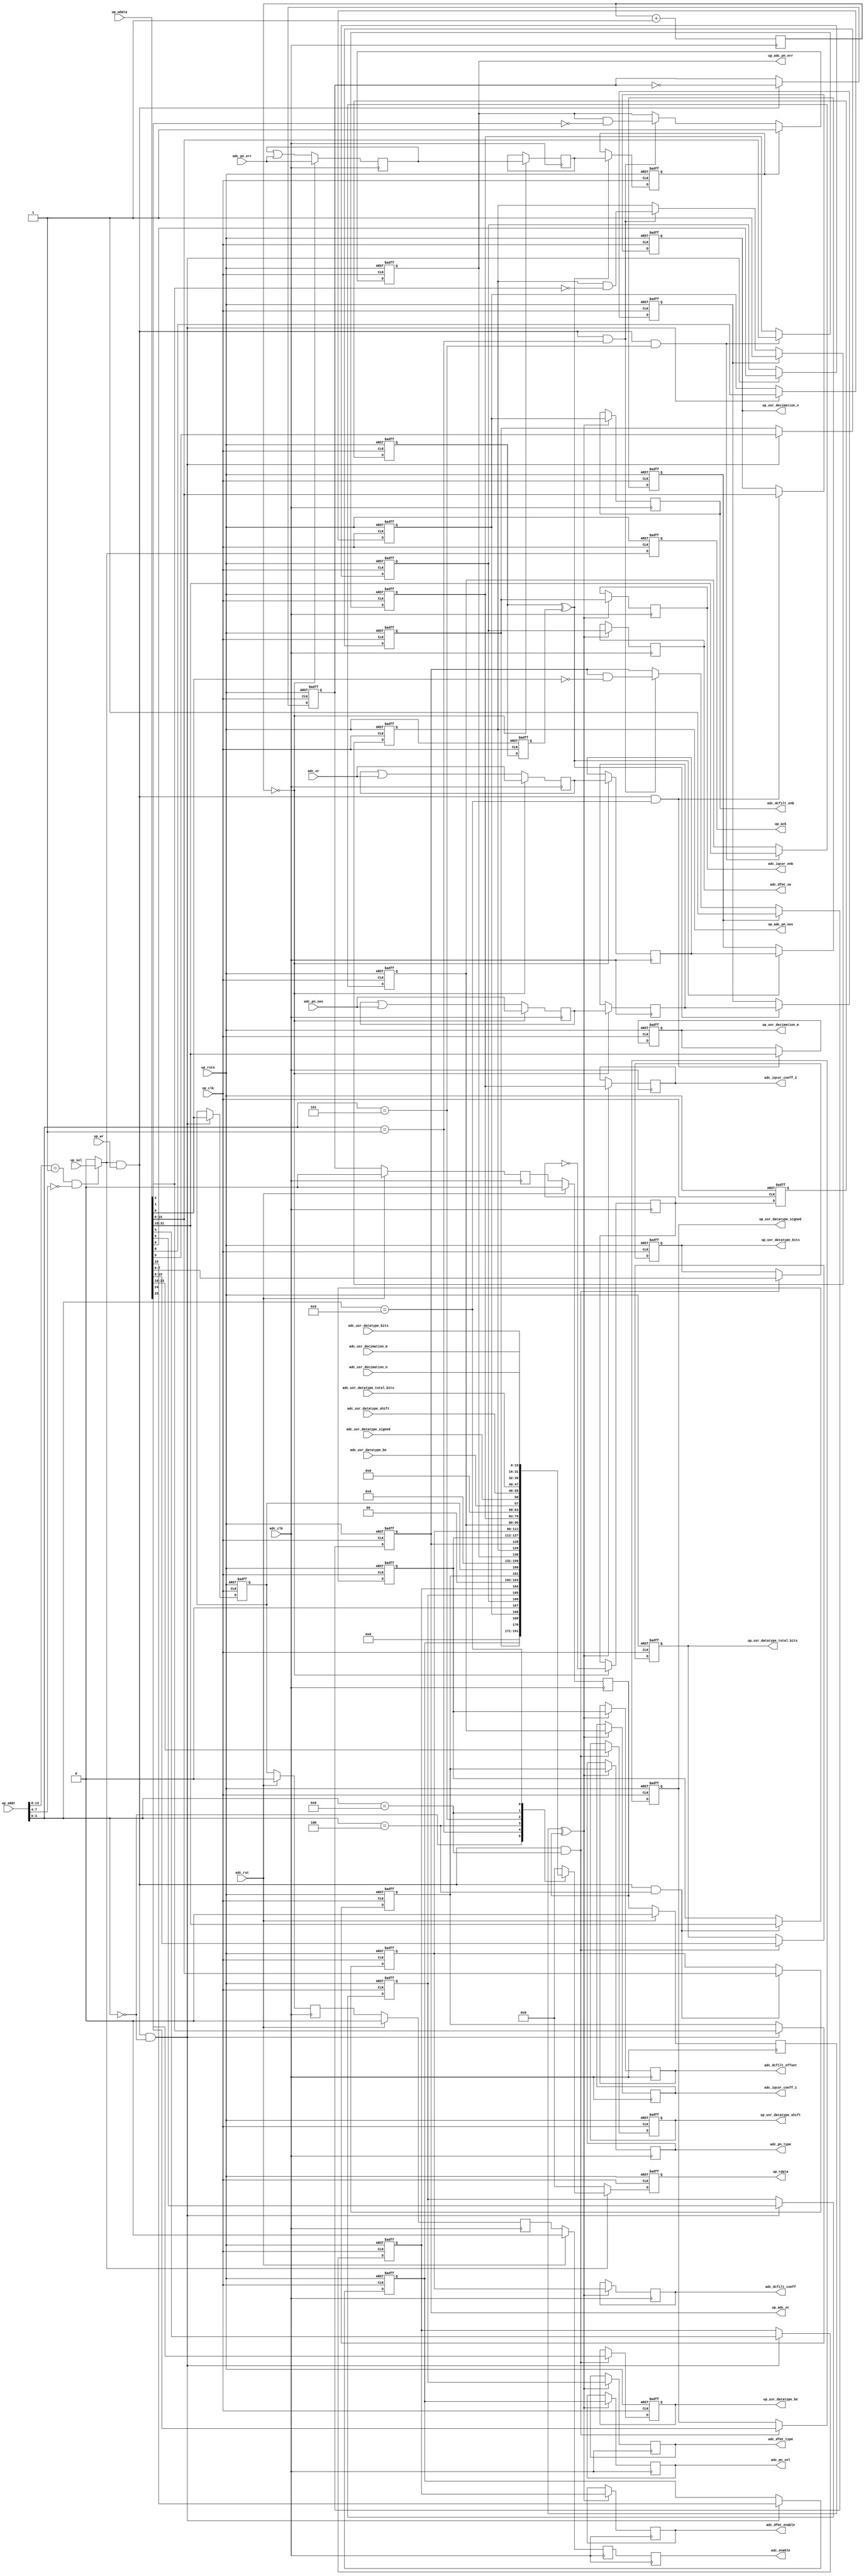
// ***************************************************************************
// ***************************************************************************
// Copyright 2011(c) Analog Devices, Inc.
// 
// All rights reserved.
// 
// Redistribution and use in source and binary forms, with or without modification,
// are permitted provided that the following conditions are met:
//     - Redistributions of source code must retain the above copyright
//       notice, this list of conditions and the following disclaimer.
//     - Redistributions in binary form must reproduce the above copyright
//       notice, this list of conditions and the following disclaimer in
//       the documentation and/or other materials provided with the
//       distribution.
//     - Neither the name of Analog Devices, Inc. nor the names of its
//       contributors may be used to endorse or promote products derived
//       from this software without specific prior written permission.
//     - The use of this software may or may not infringe the patent rights
//       of one or more patent holders.  This license does not release you
//       from the requirement that you obtain separate licenses from these
//       patent holders to use this software.
//     - Use of the software either in source or binary form, must be run
//       on or directly connected to an Analog Devices Inc. component.
//    
// THIS SOFTWARE IS PROVIDED BY ANALOG DEVICES "AS IS" AND ANY EXPRESS OR IMPLIED WARRANTIES,
// INCLUDING, BUT NOT LIMITED TO, NON-INFRINGEMENT, MERCHANTABILITY AND FITNESS FOR A
// PARTICULAR PURPOSE ARE DISCLAIMED.
//
// IN NO EVENT SHALL ANALOG DEVICES BE LIABLE FOR ANY DIRECT, INDIRECT, INCIDENTAL, SPECIAL,
// EXEMPLARY, OR CONSEQUENTIAL DAMAGES (INCLUDING, BUT NOT LIMITED TO, INTELLECTUAL PROPERTY
// RIGHTS, PROCUREMENT OF SUBSTITUTE GOODS OR SERVICES; LOSS OF USE, DATA, OR PROFITS; OR 
// BUSINESS INTERRUPTION) HOWEVER CAUSED AND ON ANY THEORY OF LIABILITY, WHETHER IN CONTRACT,
// STRICT LIABILITY, OR TORT (INCLUDING NEGLIGENCE OR OTHERWISE) ARISING IN ANY WAY OUT OF 
// THE USE OF THIS SOFTWARE, EVEN IF ADVISED OF THE POSSIBILITY OF SUCH DAMAGE.
// ***************************************************************************
// ***************************************************************************
// ***************************************************************************
// ***************************************************************************

`timescale 1ns/100ps

module up_adc_channel (

  // adc interface

  adc_clk,
  adc_rst,
  adc_enable,
  adc_pn_sel,
  adc_iqcor_enb,
  adc_dcfilt_enb,
  adc_dfmt_se,
  adc_dfmt_type,
  adc_dfmt_enable,
  adc_pn_type,
  adc_dcfilt_offset,
  adc_dcfilt_coeff,
  adc_iqcor_coeff_1,
  adc_iqcor_coeff_2,
  adc_pn_err,
  adc_pn_oos,
  adc_or,
  up_adc_pn_err,
  up_adc_pn_oos,
  up_adc_or,

  // user controls

  up_usr_datatype_be,
  up_usr_datatype_signed,
  up_usr_datatype_shift,
  up_usr_datatype_total_bits,
  up_usr_datatype_bits,
  up_usr_decimation_m,
  up_usr_decimation_n,
  adc_usr_datatype_be,
  adc_usr_datatype_signed,
  adc_usr_datatype_shift,
  adc_usr_datatype_total_bits,
  adc_usr_datatype_bits,
  adc_usr_decimation_m,
  adc_usr_decimation_n,

  // bus interface

  up_rstn,
  up_clk,
  up_sel,
  up_wr,
  up_addr,
  up_wdata,
  up_rdata,
  up_ack);

  // parameters

  parameter PCORE_ADC_CHID = 4'h0;

  // adc interface

  input           adc_clk;
  input           adc_rst;
  output          adc_enable;
  output          adc_pn_sel;
  output          adc_iqcor_enb;
  output          adc_dcfilt_enb;
  output          adc_dfmt_se;
  output          adc_dfmt_type;
  output          adc_dfmt_enable;
  output          adc_pn_type;
  output  [15:0]  adc_dcfilt_offset;
  output  [15:0]  adc_dcfilt_coeff;
  output  [15:0]  adc_iqcor_coeff_1;
  output  [15:0]  adc_iqcor_coeff_2;
  input           adc_pn_err;
  input           adc_pn_oos;
  input           adc_or;
  output          up_adc_pn_err;
  output          up_adc_pn_oos;
  output          up_adc_or;

  // user controls

  output          up_usr_datatype_be;
  output          up_usr_datatype_signed;
  output  [ 7:0]  up_usr_datatype_shift;
  output  [ 7:0]  up_usr_datatype_total_bits;
  output  [ 7:0]  up_usr_datatype_bits;
  output  [15:0]  up_usr_decimation_m;
  output  [15:0]  up_usr_decimation_n;
  input           adc_usr_datatype_be;
  input           adc_usr_datatype_signed;
  input   [ 7:0]  adc_usr_datatype_shift;
  input   [ 7:0]  adc_usr_datatype_total_bits;
  input   [ 7:0]  adc_usr_datatype_bits;
  input   [15:0]  adc_usr_decimation_m;
  input   [15:0]  adc_usr_decimation_n;

  // bus interface

  input           up_rstn;
  input           up_clk;
  input           up_sel;
  input           up_wr;
  input   [13:0]  up_addr;
  input   [31:0]  up_wdata;
  output  [31:0]  up_rdata;
  output          up_ack;

  // internal registers

  reg             up_adc_pn_sel = 'd0;
  reg             up_adc_iqcor_enb = 'd0;
  reg             up_adc_dcfilt_enb = 'd0;
  reg             up_adc_dfmt_se = 'd0;
  reg             up_adc_dfmt_type = 'd0;
  reg             up_adc_dfmt_enable = 'd0;
  reg             up_adc_pn_type = 'd0;
  reg             up_adc_enable = 'd0;
  reg     [15:0]  up_adc_dcfilt_offset = 'd0;
  reg     [15:0]  up_adc_dcfilt_coeff = 'd0;
  reg     [15:0]  up_adc_iqcor_coeff_1 = 'd0;
  reg     [15:0]  up_adc_iqcor_coeff_2 = 'd0;
  reg             up_usr_datatype_be = 'd0;
  reg             up_usr_datatype_signed = 'd0;
  reg     [ 7:0]  up_usr_datatype_shift = 'd0;
  reg     [ 7:0]  up_usr_datatype_total_bits = 'd0;
  reg     [ 7:0]  up_usr_datatype_bits = 'd0;
  reg     [15:0]  up_usr_decimation_m = 'd0;
  reg     [15:0]  up_usr_decimation_n = 'd0;
  reg             up_ack = 'd0;
  reg     [31:0]  up_rdata = 'd0;
  reg             up_xfer_toggle = 'd0;
  reg             adc_up_xfer_toggle_m1 = 'd0;
  reg             adc_up_xfer_toggle_m2 = 'd0;
  reg             adc_up_xfer_toggle_m3 = 'd0;
  reg             adc_enable_m1 = 'd0;
  reg             adc_enable_m2 = 'd0;
  reg             adc_enable_m3 = 'd0;
  reg             adc_enable = 'd0;
  reg             adc_pn_sel = 'd0;
  reg             adc_iqcor_enb = 'd0;
  reg             adc_dcfilt_enb = 'd0;
  reg             adc_dfmt_se = 'd0;
  reg             adc_dfmt_type = 'd0;
  reg             adc_dfmt_enable = 'd0;
  reg             adc_pn_type = 'd0;
  reg     [15:0]  adc_dcfilt_offset = 'd0;
  reg     [15:0]  adc_dcfilt_coeff = 'd0;
  reg     [15:0]  adc_iqcor_coeff_1 = 'd0;
  reg     [15:0]  adc_iqcor_coeff_2 = 'd0;
  reg     [ 5:0]  adc_xfer_cnt = 'd0;
  reg             adc_xfer_toggle = 'd0;
  reg             adc_xfer_pn_err = 'd0;
  reg             adc_xfer_pn_oos = 'd0;
  reg             adc_xfer_or = 'd0;
  reg             adc_acc_pn_err = 'd0;
  reg             adc_acc_pn_oos = 'd0;
  reg             adc_acc_or = 'd0;
  reg             up_adc_xfer_toggle_m1 = 'd0;
  reg             up_adc_xfer_toggle_m2 = 'd0;
  reg             up_adc_xfer_toggle_m3 = 'd0;
  reg             up_adc_xfer_pn_err = 'd0;
  reg             up_adc_xfer_pn_oos = 'd0;
  reg             up_adc_xfer_or = 'd0;
  reg             up_adc_pn_err = 'd0;
  reg             up_adc_pn_oos = 'd0;
  reg             up_adc_or = 'd0;

  // internal signals

  wire            up_sel_s;
  wire            up_wr_s;
  wire            adc_up_xfer_toggle_s;
  wire            up_adc_xfer_toggle_s;

  // decode block select

  assign up_sel_s = ((up_addr[13:8] == 6'h01) && (up_addr[7:4] == PCORE_ADC_CHID)) ? up_sel : 1'b0;
  assign up_wr_s = up_sel_s & up_wr;

  // processor write interface

  always @(negedge up_rstn or posedge up_clk) begin
    if (up_rstn == 0) begin
      up_adc_pn_sel <= 'd0;
      up_adc_iqcor_enb <= 'd0;
      up_adc_dcfilt_enb <= 'd0;
      up_adc_dfmt_se <= 'd0;
      up_adc_dfmt_type <= 'd0;
      up_adc_dfmt_enable <= 'd0;
      up_adc_pn_type <= 'd0;
      up_adc_enable <= 'd0;
      up_adc_dcfilt_offset <= 'd0;
      up_adc_dcfilt_coeff <= 'd0;
      up_adc_iqcor_coeff_1 <= 'd0;
      up_adc_iqcor_coeff_2 <= 'd0;
      up_usr_datatype_be <= 'd0;
      up_usr_datatype_signed <= 'd0;
      up_usr_datatype_shift <= 'd0;
      up_usr_datatype_total_bits <= 'd0;
      up_usr_datatype_bits <= 'd0;
      up_usr_decimation_m <= 'd0;
      up_usr_decimation_n <= 'd0;
    end else begin
      if ((up_wr_s == 1'b1) && (up_addr[3:0] == 4'h0)) begin
        up_adc_pn_sel <= up_wdata[10];
        up_adc_iqcor_enb <= up_wdata[9];
        up_adc_dcfilt_enb <= up_wdata[8];
        up_adc_dfmt_se <= up_wdata[6];
        up_adc_dfmt_type <= up_wdata[5];
        up_adc_dfmt_enable <= up_wdata[4];
        up_adc_pn_type <= up_wdata[1];
        up_adc_enable <= up_wdata[0];
      end
      if ((up_wr_s == 1'b1) && (up_addr[3:0] == 4'h4)) begin
        up_adc_dcfilt_offset <= up_wdata[31:16];
        up_adc_dcfilt_coeff <= up_wdata[15:0];
      end
      if ((up_wr_s == 1'b1) && (up_addr[3:0] == 4'h5)) begin
        up_adc_iqcor_coeff_1 <= up_wdata[31:16];
        up_adc_iqcor_coeff_2 <= up_wdata[15:0];
      end
      if ((up_wr_s == 1'b1) && (up_addr[3:0] == 4'h8)) begin
        up_usr_datatype_be <= up_wdata[25];
        up_usr_datatype_signed <= up_wdata[24];
        up_usr_datatype_shift <= up_wdata[23:16];
        up_usr_datatype_total_bits <= up_wdata[15:8];
        up_usr_datatype_bits <= up_wdata[7:0];
      end
      if ((up_wr_s == 1'b1) && (up_addr[3:0] == 4'h9)) begin
        up_usr_decimation_m <= up_wdata[31:16];
        up_usr_decimation_n <= up_wdata[15:0];
      end
    end
  end

  // processor read interface

  always @(negedge up_rstn or posedge up_clk) begin
    if (up_rstn == 0) begin
      up_ack <= 'd0;
      up_rdata <= 'd0;
    end else begin
      up_ack <= up_sel_s;
      if (up_sel_s == 1'b1) begin
        case (up_addr[3:0])
          4'h0: up_rdata <= {21'd0, up_adc_pn_sel, up_adc_iqcor_enb, up_adc_dcfilt_enb,
                              1'd0, up_adc_dfmt_se, up_adc_dfmt_type, up_adc_dfmt_enable,
                              2'd0, up_adc_pn_type, up_adc_enable};
          4'h1: up_rdata <= {29'd0, up_adc_pn_err, up_adc_pn_oos, up_adc_or};
          4'h4: up_rdata <= {up_adc_dcfilt_offset, up_adc_dcfilt_coeff};
          4'h5: up_rdata <= {up_adc_iqcor_coeff_1, up_adc_iqcor_coeff_2};
          4'h8: up_rdata <= {6'd0, adc_usr_datatype_be, adc_usr_datatype_signed,
                              adc_usr_datatype_shift, adc_usr_datatype_total_bits,
                              adc_usr_datatype_bits};
          4'h9: up_rdata <= {adc_usr_decimation_m, adc_usr_decimation_n};
          default: up_rdata <= 0;
        endcase
      end else begin
        up_rdata <= 32'd0;
      end
    end
  end

  // common xfer toggle (where no enable or start is available)

  always @(negedge up_rstn or posedge up_clk) begin
    if (up_rstn == 0) begin
      up_xfer_toggle <= 'd0;
    end else begin
      if (up_wr_s == 1'b1) begin
        up_xfer_toggle <= ~up_xfer_toggle;
      end
    end
  end

  // adc control transfer

  assign adc_up_xfer_toggle_s = adc_up_xfer_toggle_m3 ^ adc_up_xfer_toggle_m2;

  always @(posedge adc_clk) begin
    if (adc_rst == 1'b1) begin
      adc_up_xfer_toggle_m1 <= 'd0;
      adc_up_xfer_toggle_m2 <= 'd0;
      adc_up_xfer_toggle_m3 <= 'd0;
      adc_enable_m1 <= 'd0;
      adc_enable_m2 <= 'd0;
      adc_enable_m3 <= 'd0;
    end else begin
      adc_up_xfer_toggle_m1 <= up_xfer_toggle;
      adc_up_xfer_toggle_m2 <= adc_up_xfer_toggle_m1;
      adc_up_xfer_toggle_m3 <= adc_up_xfer_toggle_m2;
      adc_enable_m1 <= up_adc_enable;
      adc_enable_m2 <= adc_enable_m1;
      adc_enable_m3 <= adc_enable_m2;
    end
    adc_enable <= adc_enable_m3;
    if (adc_up_xfer_toggle_s == 1'b1) begin
      adc_pn_sel <= up_adc_pn_sel;
      adc_iqcor_enb <= up_adc_iqcor_enb;
      adc_dcfilt_enb <= up_adc_dcfilt_enb;
      adc_dfmt_se <= up_adc_dfmt_se;
      adc_dfmt_type <= up_adc_dfmt_type;
      adc_dfmt_enable <= up_adc_dfmt_enable;
      adc_pn_type <= up_adc_pn_type;
      adc_dcfilt_offset <= up_adc_dcfilt_offset;
      adc_dcfilt_coeff <= up_adc_dcfilt_coeff;
      adc_iqcor_coeff_1 <= up_adc_iqcor_coeff_1;
      adc_iqcor_coeff_2 <= up_adc_iqcor_coeff_2;
    end
  end

  // adc status transfer

  always @(posedge adc_clk) begin
    adc_xfer_cnt <= adc_xfer_cnt + 1'b1;
    if (adc_xfer_cnt == 6'd0) begin
      adc_xfer_toggle <= ~adc_xfer_toggle;
      adc_xfer_pn_err <= adc_acc_pn_err;
      adc_xfer_pn_oos <= adc_acc_pn_oos;
      adc_xfer_or <= adc_acc_or;
    end
    if (adc_xfer_cnt == 6'd0) begin
      adc_acc_pn_err <= adc_pn_err;
      adc_acc_pn_oos <= adc_pn_oos;
      adc_acc_or <= adc_or;
    end else begin
      adc_acc_pn_err <= adc_acc_pn_err | adc_pn_err;
      adc_acc_pn_oos <= adc_acc_pn_oos | adc_pn_oos;
      adc_acc_or <= adc_acc_or | adc_or;
    end
  end

  assign up_adc_xfer_toggle_s = up_adc_xfer_toggle_m2 ^ up_adc_xfer_toggle_m3;

  always @(negedge up_rstn or posedge up_clk) begin
    if (up_rstn == 0) begin
      up_adc_xfer_toggle_m1 <= 'd0;
      up_adc_xfer_toggle_m2 <= 'd0;
      up_adc_xfer_toggle_m3 <= 'd0;
      up_adc_xfer_pn_err <= 'd0;
      up_adc_xfer_pn_oos <= 'd0;
      up_adc_xfer_or <= 'd0;
      up_adc_pn_err <= 'd0;
      up_adc_pn_oos <= 'd0;
      up_adc_or <= 'd0;
    end else begin
      up_adc_xfer_toggle_m1 <= adc_xfer_toggle;
      up_adc_xfer_toggle_m2 <= up_adc_xfer_toggle_m1;
      up_adc_xfer_toggle_m3 <= up_adc_xfer_toggle_m2;
      if (up_adc_xfer_toggle_s == 1'b1) begin
        up_adc_xfer_pn_err <= adc_xfer_pn_err;
        up_adc_xfer_pn_oos <= adc_xfer_pn_oos;
        up_adc_xfer_or <= adc_xfer_or;
      end
      if (up_adc_xfer_pn_err == 1'b1) begin
        up_adc_pn_err <= 1'b1;
      end else if ((up_wr_s == 1'b1) && (up_addr[3:0] == 4'h1)) begin
        up_adc_pn_err <= up_adc_pn_err & ~up_wdata[2];
      end
      if (up_adc_xfer_pn_oos == 1'b1) begin
        up_adc_pn_oos <= 1'b1;
      end else if ((up_wr_s == 1'b1) && (up_addr[3:0] == 4'h1)) begin
        up_adc_pn_oos <= up_adc_pn_oos & ~up_wdata[1];
      end
      if (up_adc_xfer_or == 1'b1) begin
        up_adc_or <= 1'b1;
      end else if ((up_wr_s == 1'b1) && (up_addr[3:0] == 4'h1)) begin
        up_adc_or <= up_adc_or & ~up_wdata[0];
      end
    end
  end

endmodule

// ***************************************************************************
// ***************************************************************************